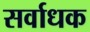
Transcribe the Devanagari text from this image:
सर्वाधक